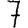
Digit: 7